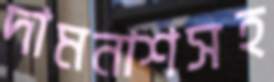
দামনাশসহ